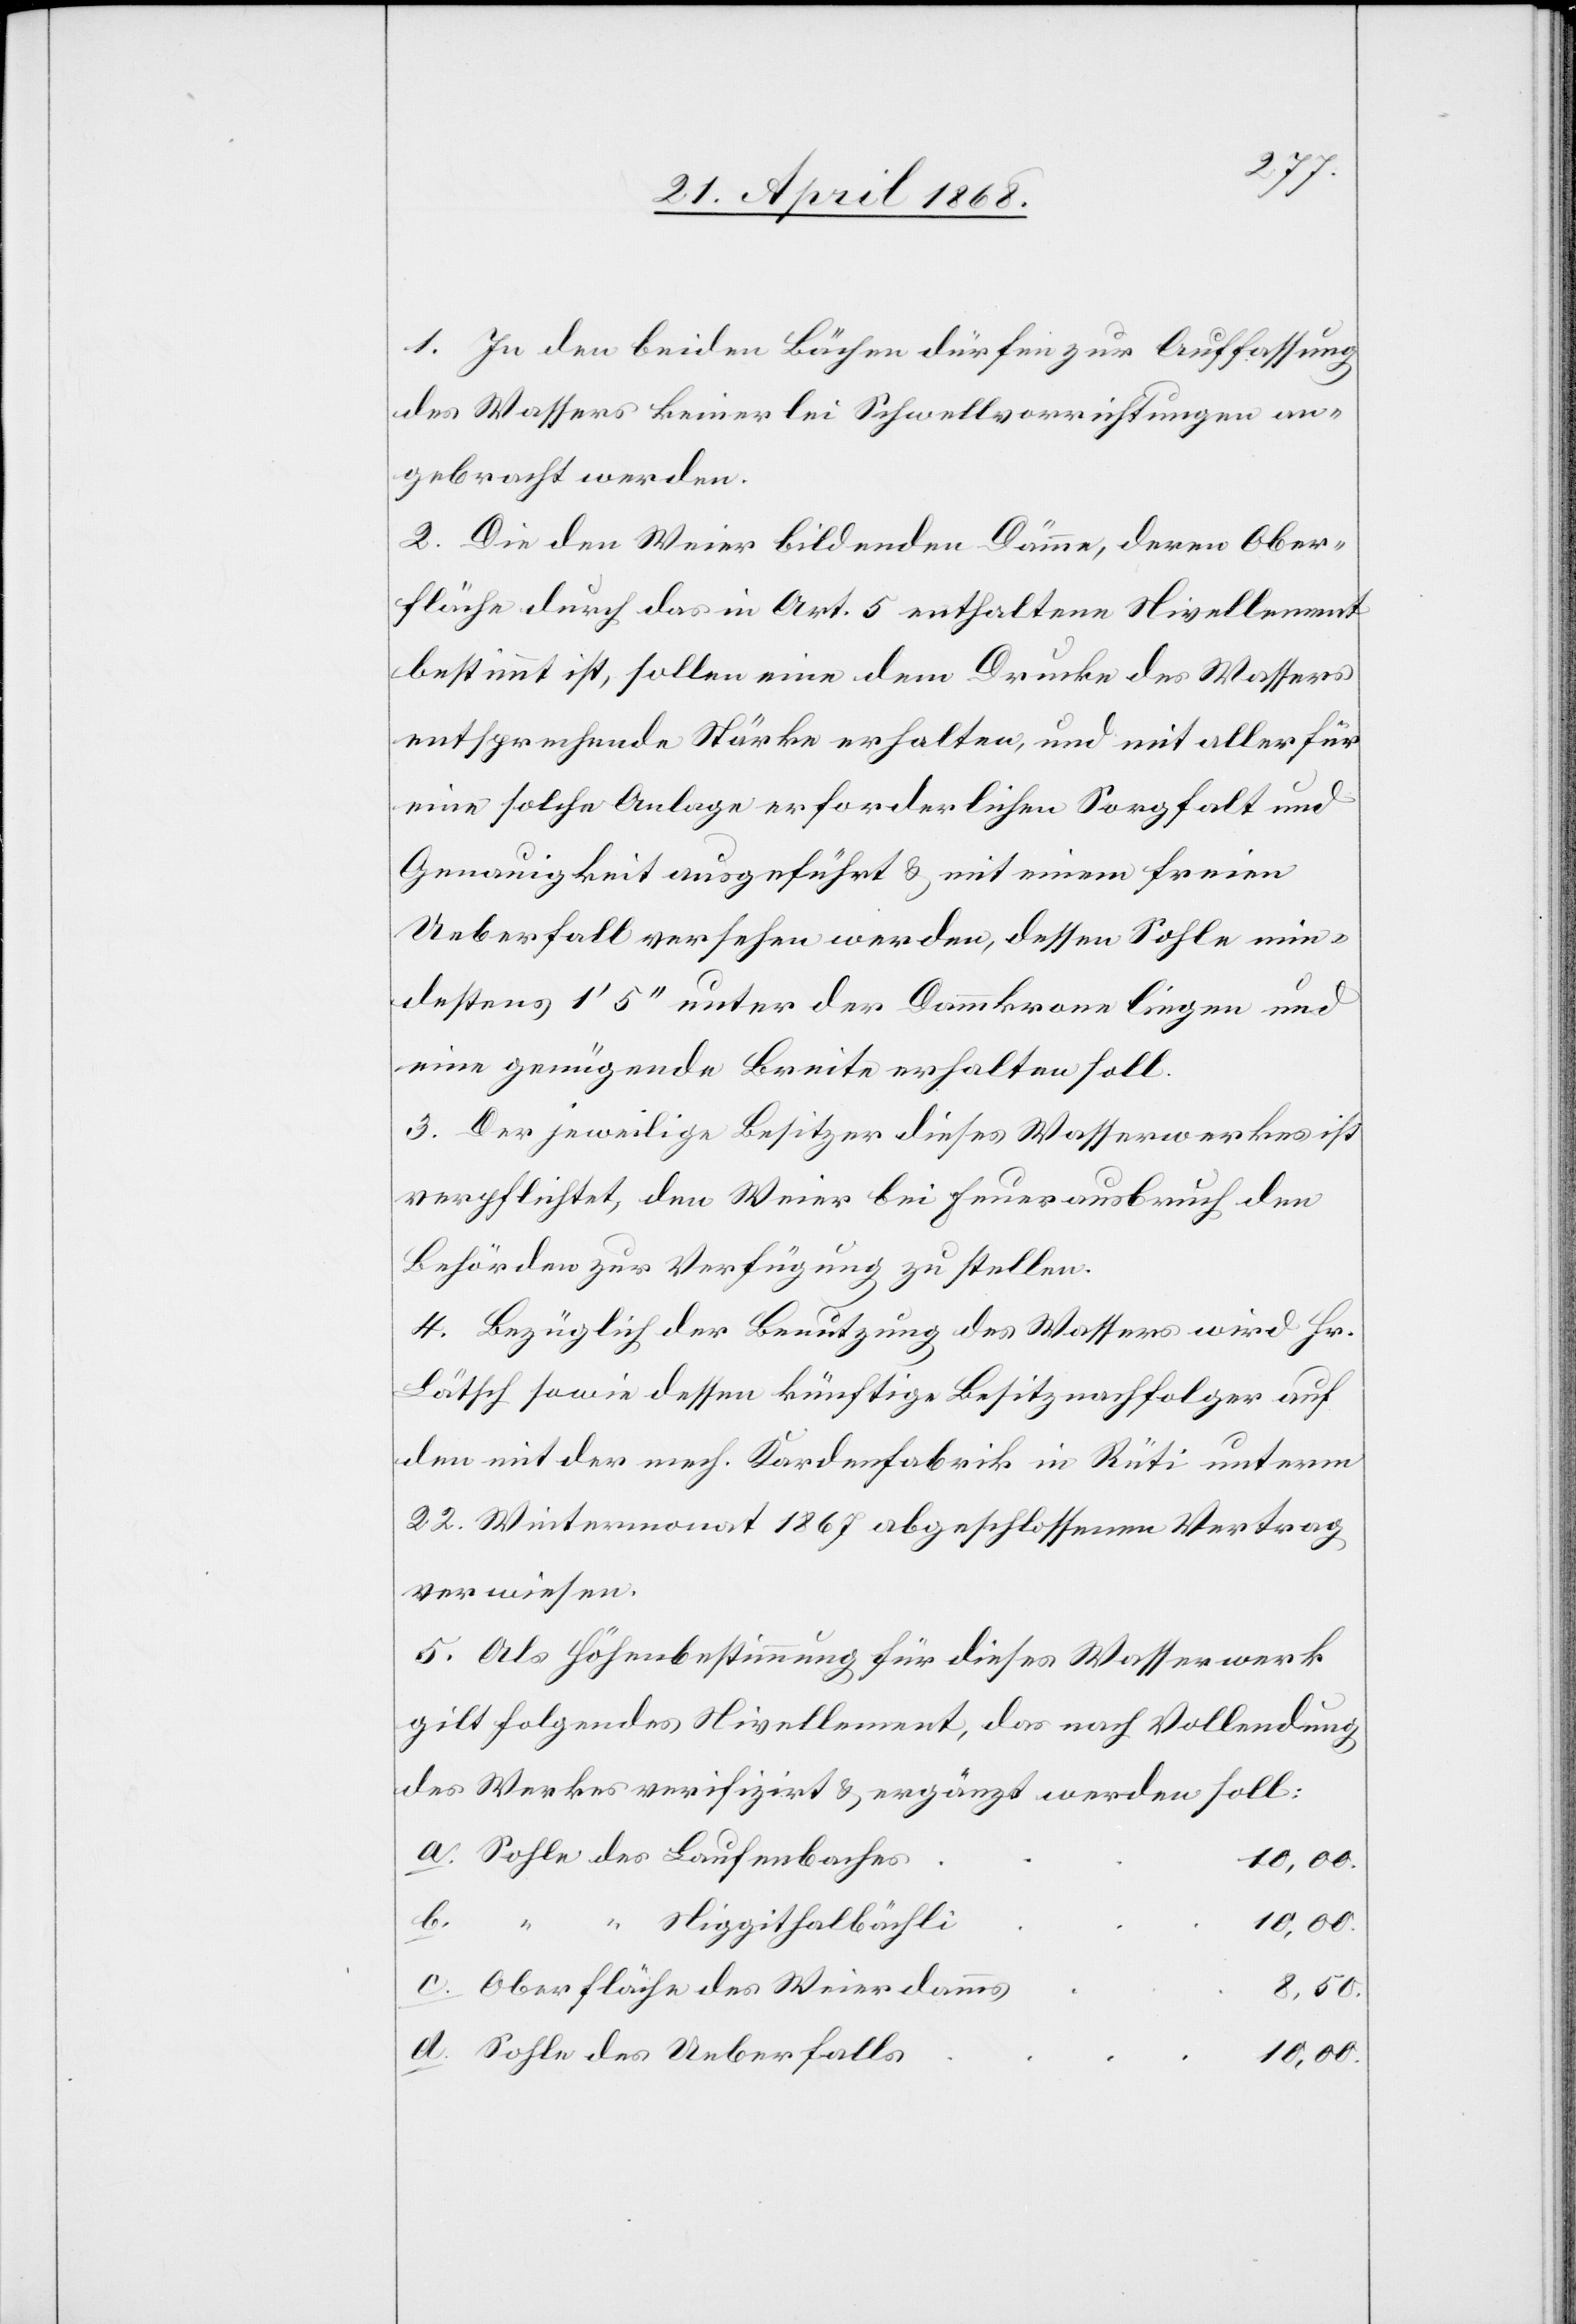
1. In den beiden Bächen dürfen zur Auffassung
des Wassers keinerlei Schwellvorrichtungen an¬
gebracht werden.
2. Die den Weier bildenden Dämme, deren Ober¬
fläche durch das in Art. 5 enthaltene Nivellement
bestimmt ist, sollen eine dem Drucke des Wassers
entsprechende Stärke erhalten, und mit aller für
eine solche Anlage erforderlichen Sorgfalt und
Genauigkeit ausgeführt & mit einem freien
Ueberfall versehen werden, dessen Sohle min¬
destens 1‘ 5‘‘ unter der Dammkrone liegen und
eine genügende Breite erhalten soll.
3. Der jeweilige Besitzer dieses Wasserwerkes ist
verpflichtet, den Weier bei Feuerausbruch den
Behörden zur Verfügung zu stellen.
4. Bezüglich der Benutzung des Wassers wird Hr.
Lätsch sowie dessen künftige Besitznachfolger auf
den mit der mech. Kardenfabrik in Rüti unterm
22. Wintermonat 1867 abgeschlossenen Vertrag
verwiesen.
5. Als Höhenbestimmung für dieses Wasserwerk
gilt folgendes Nivellement, das nach Vollendung
des Werkes verifizirt & ergänzt werden soll:
Sohle des Laufenbaches
10,00.
“ “ Niggithalbächli
10,00.
Oberfläche des Weierdamms
8,50.
Sohle des Ueberfalls
10,00.